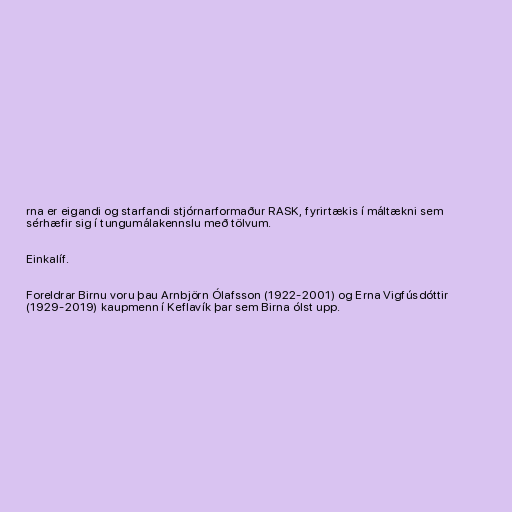
rna er eigandi og starfandi stjórnarformaður RASK, fyrirtækis í máltækni sem
sérhæfir sig í tungumálakennslu með tölvum.

Einkalíf.

Foreldrar Birnu voru þau Arnbjörn Ólafsson (1922-2001) og Erna Vigfúsdóttir
(1929-2019) kaupmenn í Keflavík þar sem Birna ólst upp.